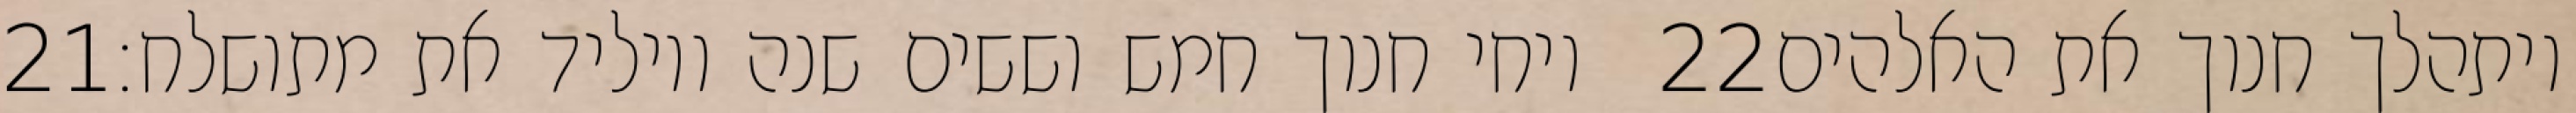
‎21‏ ויחי חנוך חמש וששים שנה ויוליד את מתושלח׃ ‎22‏ ויתהלך חנוך את האלהים